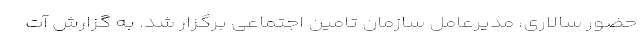
حضور سالاری، مدیرعامل سازمان تامین اجتماعی برگزار شد. به گزارش آت